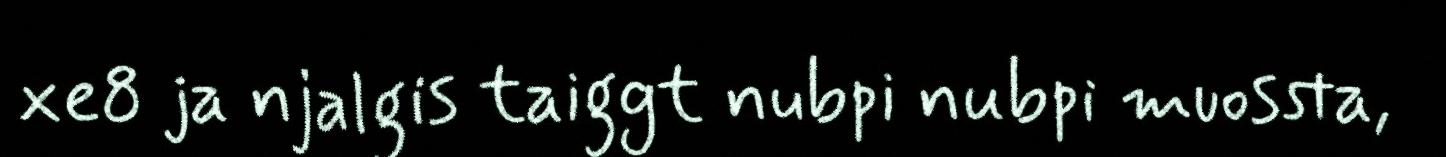
xe8 ja njalgis taiggt nubpi nubpi muossta,